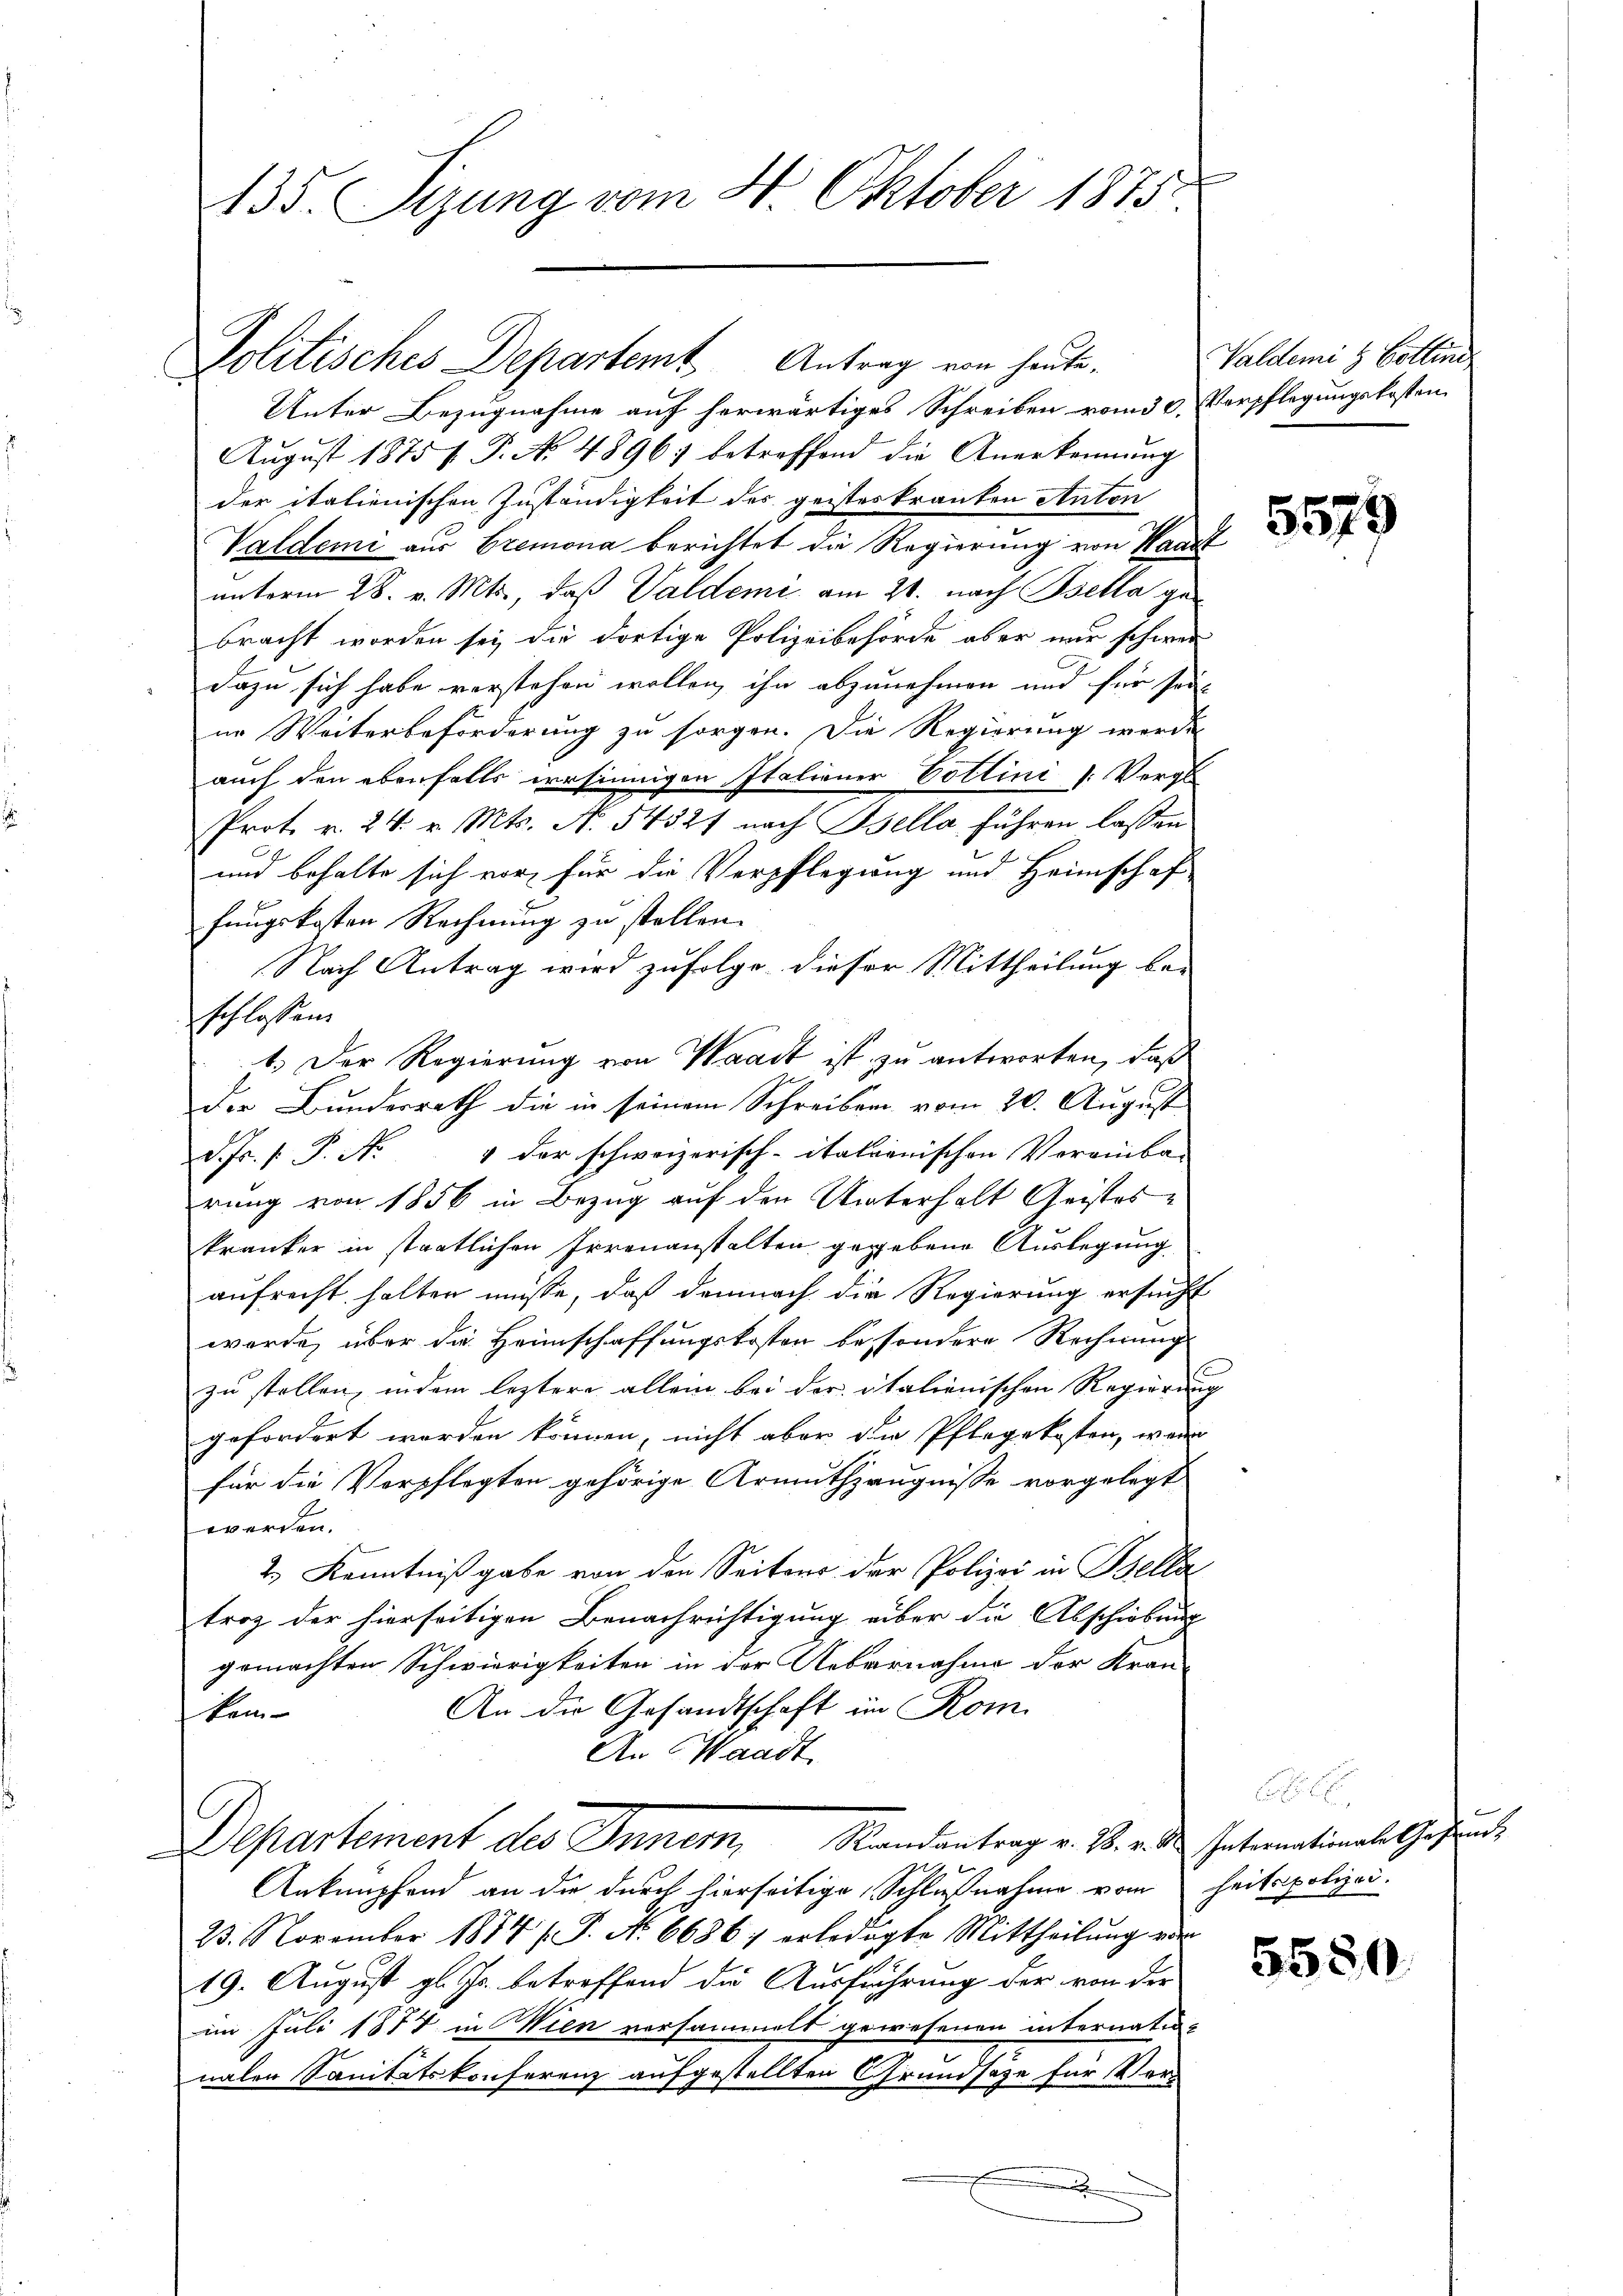
Politisches Departemt Antrag von heute¬

Unter Bezugnahme auf herwärtiges Schreiben vom 30.
August 1875 V. P. No 4896) betreffend die Anerkennung
der italienischen Zuständigkeit des geisteskranken Anton
Valdemi aus Bremona berichtet die Regierung von Waadt
unterm 28. v. Mts., daß Valdeme am 21. nach Bella gebracht worden sei die dortige Polizeibehörde aber nur schwer
dazu sich habe verstehen wollen, ihn abzunehmen und für sei-
ne Weiterbeförderung zu sorgen. Die Regierung werde
auch den ebenfalls irrsinnigen Italiener Pottini (Vergl
Prot. v. 24. v. Mts. N. 54327 nach Bsella führen lassen
und behalte sich vor für die Verpflegung und Heimschaf
fungskosten Rechnung zu stellen.
Nach Antrag wird zufolge dieser Mittheilung be-
schlossend
1.) Der Regierung von Waadt ist zu antworten, daß
der Bundesrath die in seinem Schreiben vom 20. August
d. Fr. 1. P. Nr. 4 der schweizerisch-itationischen Vereinba-
rung von 1856 in Bezug auf den Unterhalt Geistes
kranker in staatlichen Irrenanstalten gegebene Auslegung
aufrecht halten müsse, daß demnach die Regierung ersuch
werde, über die Heimschaffungskosten besondere Rechnung
zu stellen, indem leztere allein bei der italienischen Regierun
gefordert worden können, nicht aber die Pflegekosten, wenn
für die Verpflegten gehörige Armuthzeugnisse vorgelegt
werden.
2.) Kenntniß gabe von den Seitens der Polizei in Bella
troz der hierseitigen Benachrichtigung aber die Abschiebung
gemachten Schwierigkeiten in der Aebernahme der Kran-
An die Gesandtschaft im Rom.
tem-
An Waadt.
Departement des Innem, Randantrag v. M. v. M. Intermationale Gesund
Anknüpfend an die durch hierseitige Schlußnahme vom
23. November 1874 / P. No 66861 erledigte Mittheilŭng ein
19. August gl. Js. betreffend die Ausführung der von der
im Juli 1874 in Wien versammelt gewesenen internati
nalen Sanitätskonferenz aufgestellten Grundsatze für Ver-
.

135. Sizung vom 4. Oktober 1875.

Valdemi & Cottine
Verpflegungskosten

5579

heitspolizei.

5580